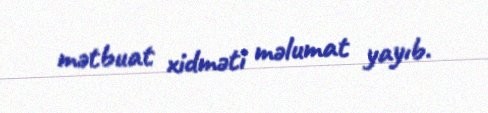
mətbuat xidməti məlumat yayıb.